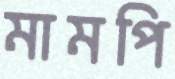
মামপি